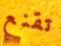
تقنع